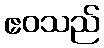
ဧဝသည်